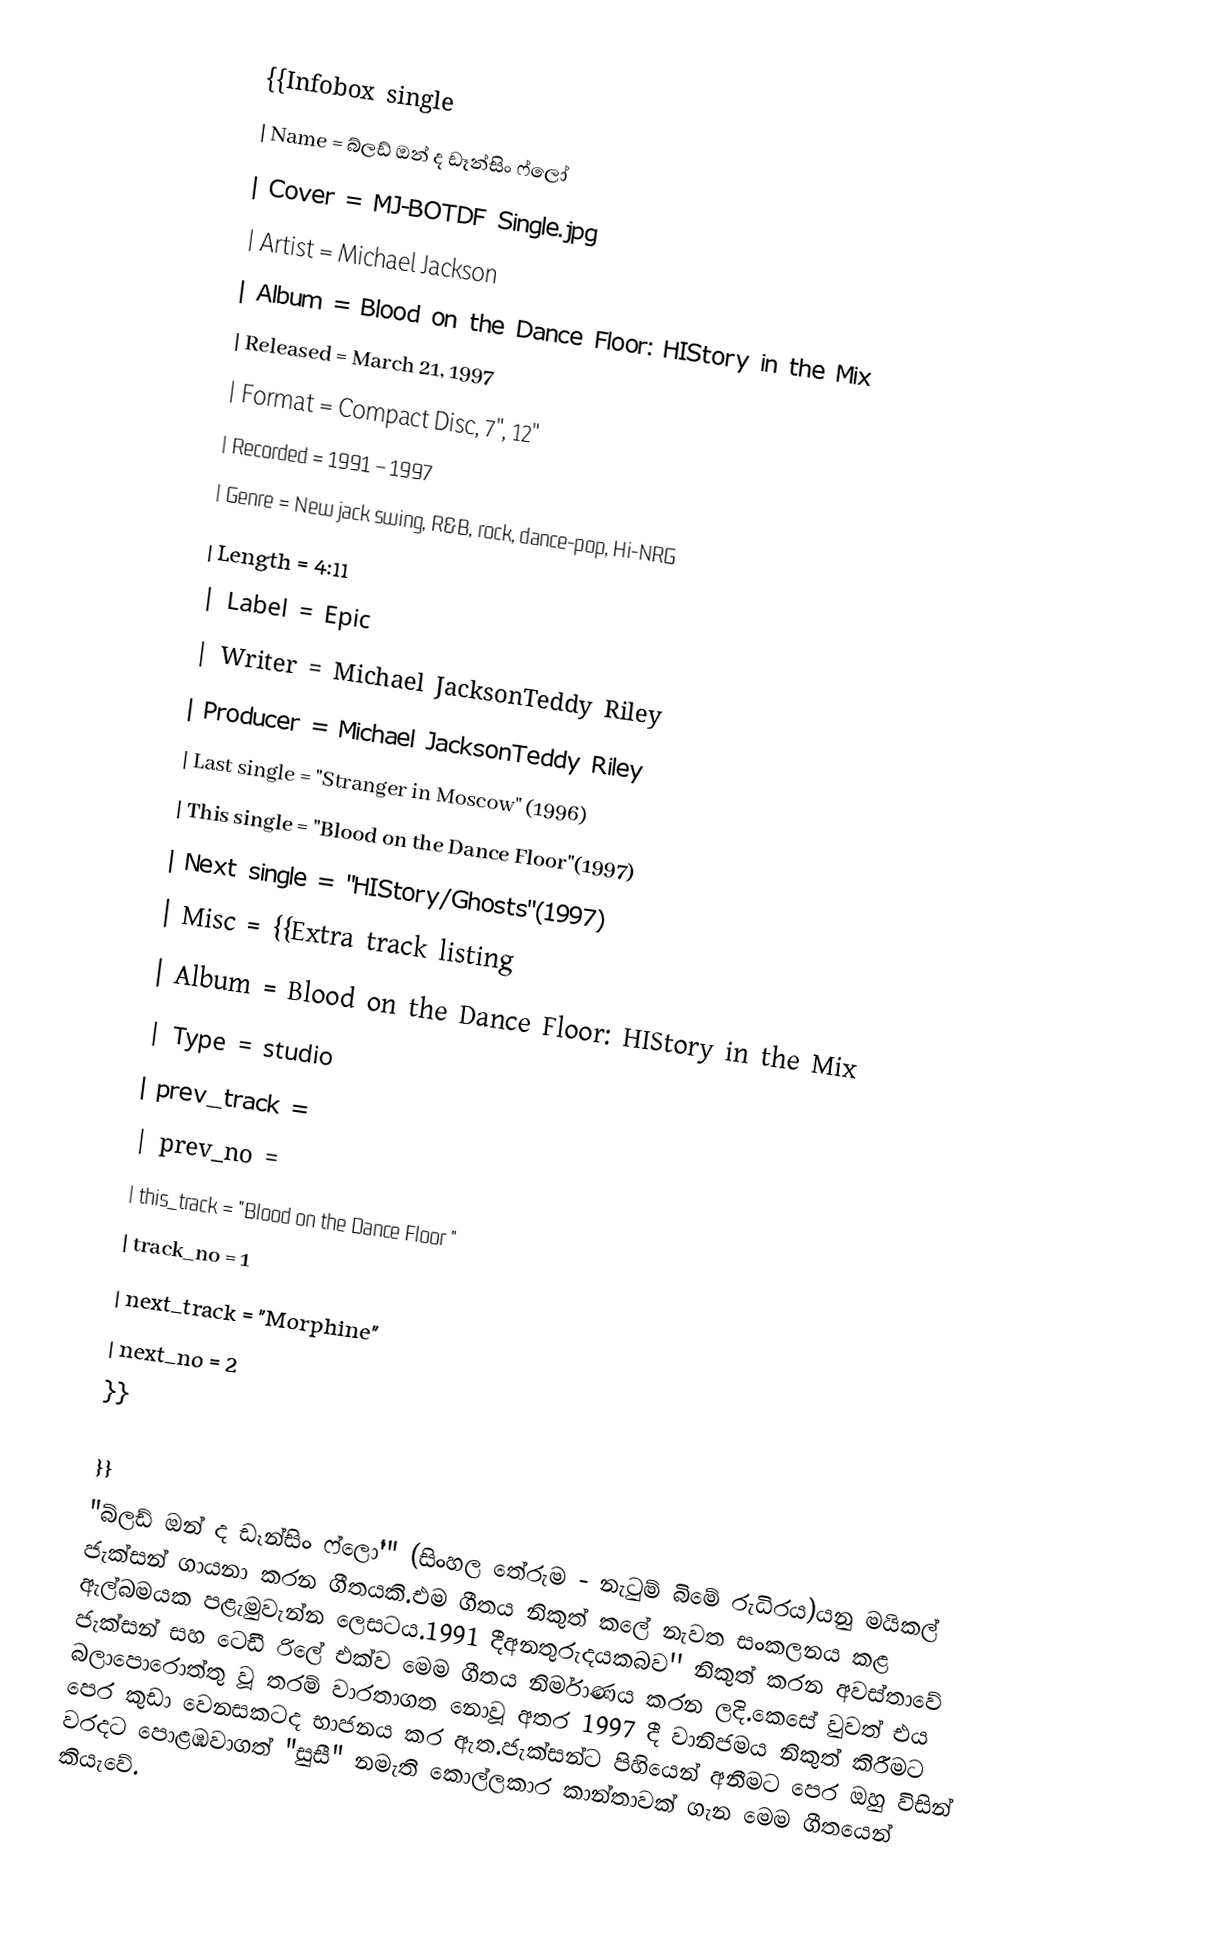
{{Infobox single
| Name = බ්ලඩ් ඔන් ද ඩෑන්සිං ‍ෆ්ලෝ
| Cover = MJ-BOTDF Single.jpg
| Artist = Michael Jackson
| Album = Blood on the Dance Floor: HIStory in the Mix
| Released = March 21, 1997
| Format = Compact Disc, 7", 12"
| Recorded = 1991 – 1997
| Genre = New jack swing, R&B, rock, dance-pop, Hi-NRG
| Length = 4:11
| Label = Epic
| Writer = Michael JacksonTeddy Riley
| Producer = Michael JacksonTeddy Riley
| Last single = "Stranger in Moscow" (1996)
| This single = "Blood on the Dance Floor"(1997)
| Next single = "HIStory/Ghosts"(1997)
| Misc =  {{Extra track listing
| Album          = Blood on the Dance Floor: HIStory in the Mix
| Type           = studio
| prev_track     =
| prev_no        =
| this_track     = "Blood on the Dance Floor "
| track_no       = 1
| next_track     = "Morphine"
| next_no        = 2
}}

}}
"බ්ලඩ් ඔන් ද ඩෑන්සිං ‍ෆ්ලෝ'" (සිංහල තේරුම - නැටුම් බිමේ රුධිරය)යනු මයිකල් ජැක්සන් ගායනා කරන ගීතයකි.එම ගීතය නිකුත් කලේ නැවත සංකලනය කළ ඇල්බමයක පළැමුවැන්න ලෙසටය.1991 දීඅනතුරුදයකබව'' නිකුත් කරන අවස්තාවේ ජැක්සන් සහ ටෙඩී රිලේ එක්ව මෙම ගීතය නිර්මාණය කරන ලදි.කෙසේ වුවත් එය බලාපොරොත්තු වූ  තරම් වාරතාගත නොවූ අතර 1997 දී වානිජමය නිකුත් කිරීමට පෙර කුඩා වෙනසකටද භාජනය කර ඇත.ජැක්සන්ට පිහියෙන් අනීමට පෙර ඔහු විසින් වරදට පොළඹවාගත් "සුසී" නමැති කොල්ලකාර කාන්තාවක් ගැන මෙම ගීතයෙන් කියැවේ.